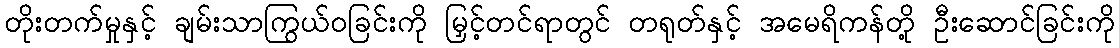
တိုးတက်မှုနှင့် ချမ်းသာကြွယ်ဝခြင်းကို မြှင့်တင်ရာတွင် တရုတ်နှင့် အမေရိကန်တို့ ဦးဆောင်ခြင်းကို